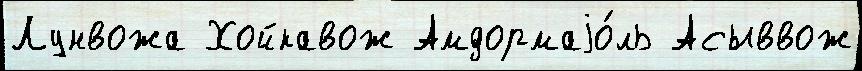
Лунвожа Хойкавож Амдормаjо́ль Асыввож